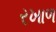
રખાળ